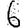
Digit: 6